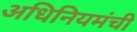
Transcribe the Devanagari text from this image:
अधिनियमंची